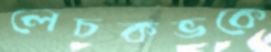
লেচকভকে